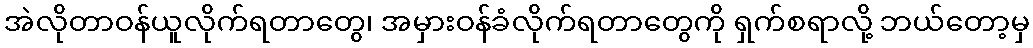
အဲလိုတာဝန်ယူလိုက်ရတာတွေ၊ အမှားဝန်ခံလိုက်ရတာတွေကို ရှက်စရာလို့ ဘယ်တော့မှ